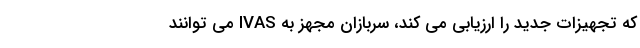
که تجهیزات جدید را ارزیابی می کند، سربازان مجهز به IVAS می توانند